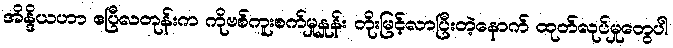
အိန္ဒိယဟာ ဧပြီလတုန်းက ကိုဗစ်ကူးစက်မှုနှုန်း တိုးမြင့်လာပြီးတဲ့နောက် ထုတ်လုပ်မှုတွေပါ